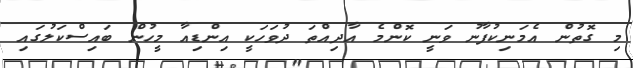
މި ގޮތުން އެމަނިކުފާނު ވަނީ ކޮންމެ އާދިއްތަ ދުވަހަކީ އިންޑިއާ މީހުން ބައިސްކަލުގައި